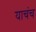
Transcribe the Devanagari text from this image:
याचंच